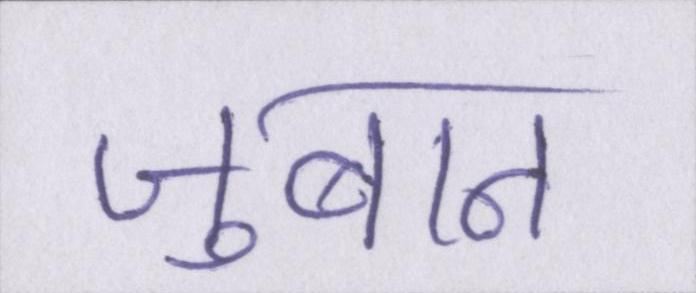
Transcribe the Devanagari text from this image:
जुबान